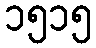
၁၅၁၅